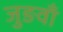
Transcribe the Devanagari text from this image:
जुङवाँ